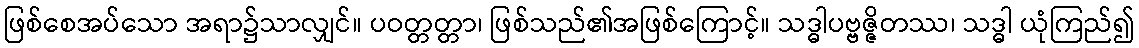
ဖြစ်စေအပ်သော အရာ၌သာလျှင်။ ပဝတ္တတ္တာ၊ ဖြစ်သည်၏အဖြစ်ကြောင့်။ သဒ္ဓါပဗ္ဗဇ္ဇိတဿ၊ သဒ္ဓါ ယုံကြည်၍